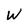
Character: W